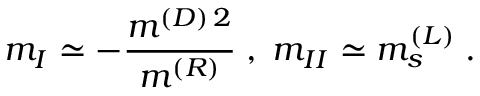
m _ { I } \simeq - \frac { m ^ { ( D ) \, 2 } } { m ^ { ( R ) } } \; , \; m _ { I I } \simeq m _ { s } ^ { ( L ) } \; .